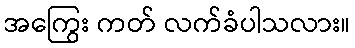
အကြွေး ကတ် လက်ခံပါသလား။